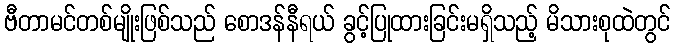
ဗီတာမင်တစ်မျိုးဖြစ်သည် စောဒန်နီရယ် ခွင့်ပြုထားခြင်းမရှိသည့် မိသားစုထဲတွင်